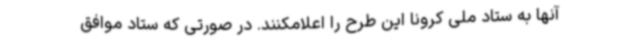
آنها به ستاد ملی کرونا این طرح را اعلامکنند. در صورتی که ستاد موافق